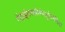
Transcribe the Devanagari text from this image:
मेंहाईपरकोलेस्ट्रोलेमिया